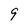
Character: 9